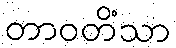
တာဝတိံသာ